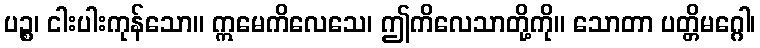
ပဉ္စ၊ ငါးပါးကုန်သော။ ဣမေကိလေသေ၊ ဤကိလေသာတို့ကို။ သောတာ ပတ္တိမဂ္ဂေါ၊